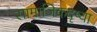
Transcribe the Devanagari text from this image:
सामाजिकदृष्या